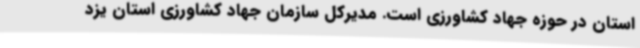
استان در حوزه جهاد کشاورزی است. مدیرکل سازمان جهاد کشاورزی استان یزد